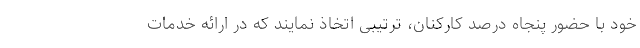
خود با حضور پنجاه درصد کارکنان، ترتیبی اتخاذ نمایند که در ارائه خدمات